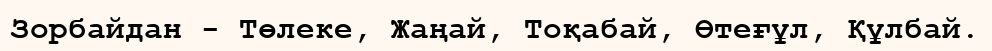
Зорбайдан - Төлеке, Жаңай, Тоқабай, Өтеғұл, Құлбай.